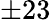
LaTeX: \pm 23